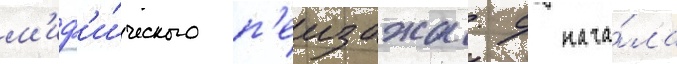
м'иф'и́ческого п'еизажа. с нача́ла